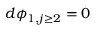
d \phi _ { 1 , j \geq 2 } = 0